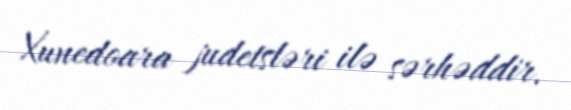
Xunedoara judetsləri ilə sərhəddir.